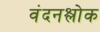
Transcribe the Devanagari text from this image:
वंदनश्लोक